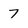
Character: 7